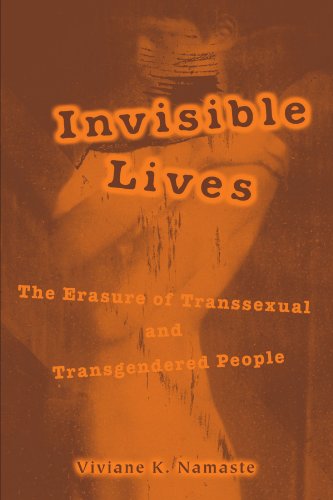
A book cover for Invisible Lives: The Erasure of Transsexual and Transgendered People; Viviane Namaste; Gay & Lesbian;